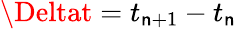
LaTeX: \Deltat=t_{\mathsf{n}+1}-t_{\mathsf{n}}